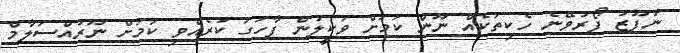
ނުފޫޒު ފޯރުވޭނެ ހެކިތަކެއް ނޫން ކަމަށް ވަކީލުން ފާހަގަ ކުރެއްވި ކަމަށް ނޫރުއްސަލާމް